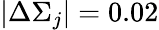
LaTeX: |\Delta\Sigma_{j}|=0.02